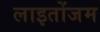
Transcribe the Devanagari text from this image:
लाइतोंजम